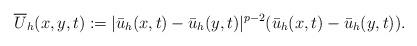
LaTeX: \begin{align*}\overline{U}_h(x,y,t):=|\bar{u}_h(x,t)-\bar{u}_h(y,t)|^{p-2}(\bar{u}_h(x,t)-\bar{u}_h(y,t)).\end{align*}